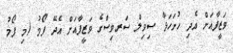
ވަޒީފާއަށް އެދި ހުށަހަޅާ ސިވިލް ސަރވިސްގެ ވަޒީފާއަށް އެދޭ ފޯމު (މި ފޯމު